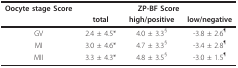
<table><thead><tr><td><b>Oocyte stage Score</b></td><td colspan="3"><b>ZP-BF Score</b></td></tr><tr><td></td><td><b>total</b></td><td><b>high/positive</b></td><td><b>low/negative</b></td></tr></thead><tbody><tr><td>GV</td><td>2.4 ± 4.5*</td><td>4.0 ± 3.3<sup>§</sup></td><td>-3.8 ± 2.6<sup>¶</sup></td></tr><tr><td>MI</td><td>3.0 ± 4.6*</td><td>4.7 ± 3.3<sup>§</sup></td><td>-3.4 ± 2.8<sup>¶</sup></td></tr><tr><td>MII</td><td>3.3 ± 4.3*</td><td>4.8 ± 3.5<sup>§</sup></td><td>-3.0 ± 1.5<sup>¶</sup></td></tr></tbody></table>